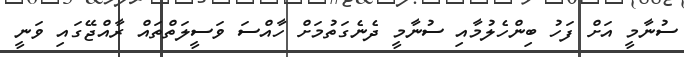
ސުނާމީ އަށް ފަހު ބިންހެލުމާއި ސުނާމީ ދެނެގަތުމަށް ހާއްސަ ވަސީލަތްތައް ރާއްޖޭގައި ވަނީ